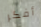
أفكر